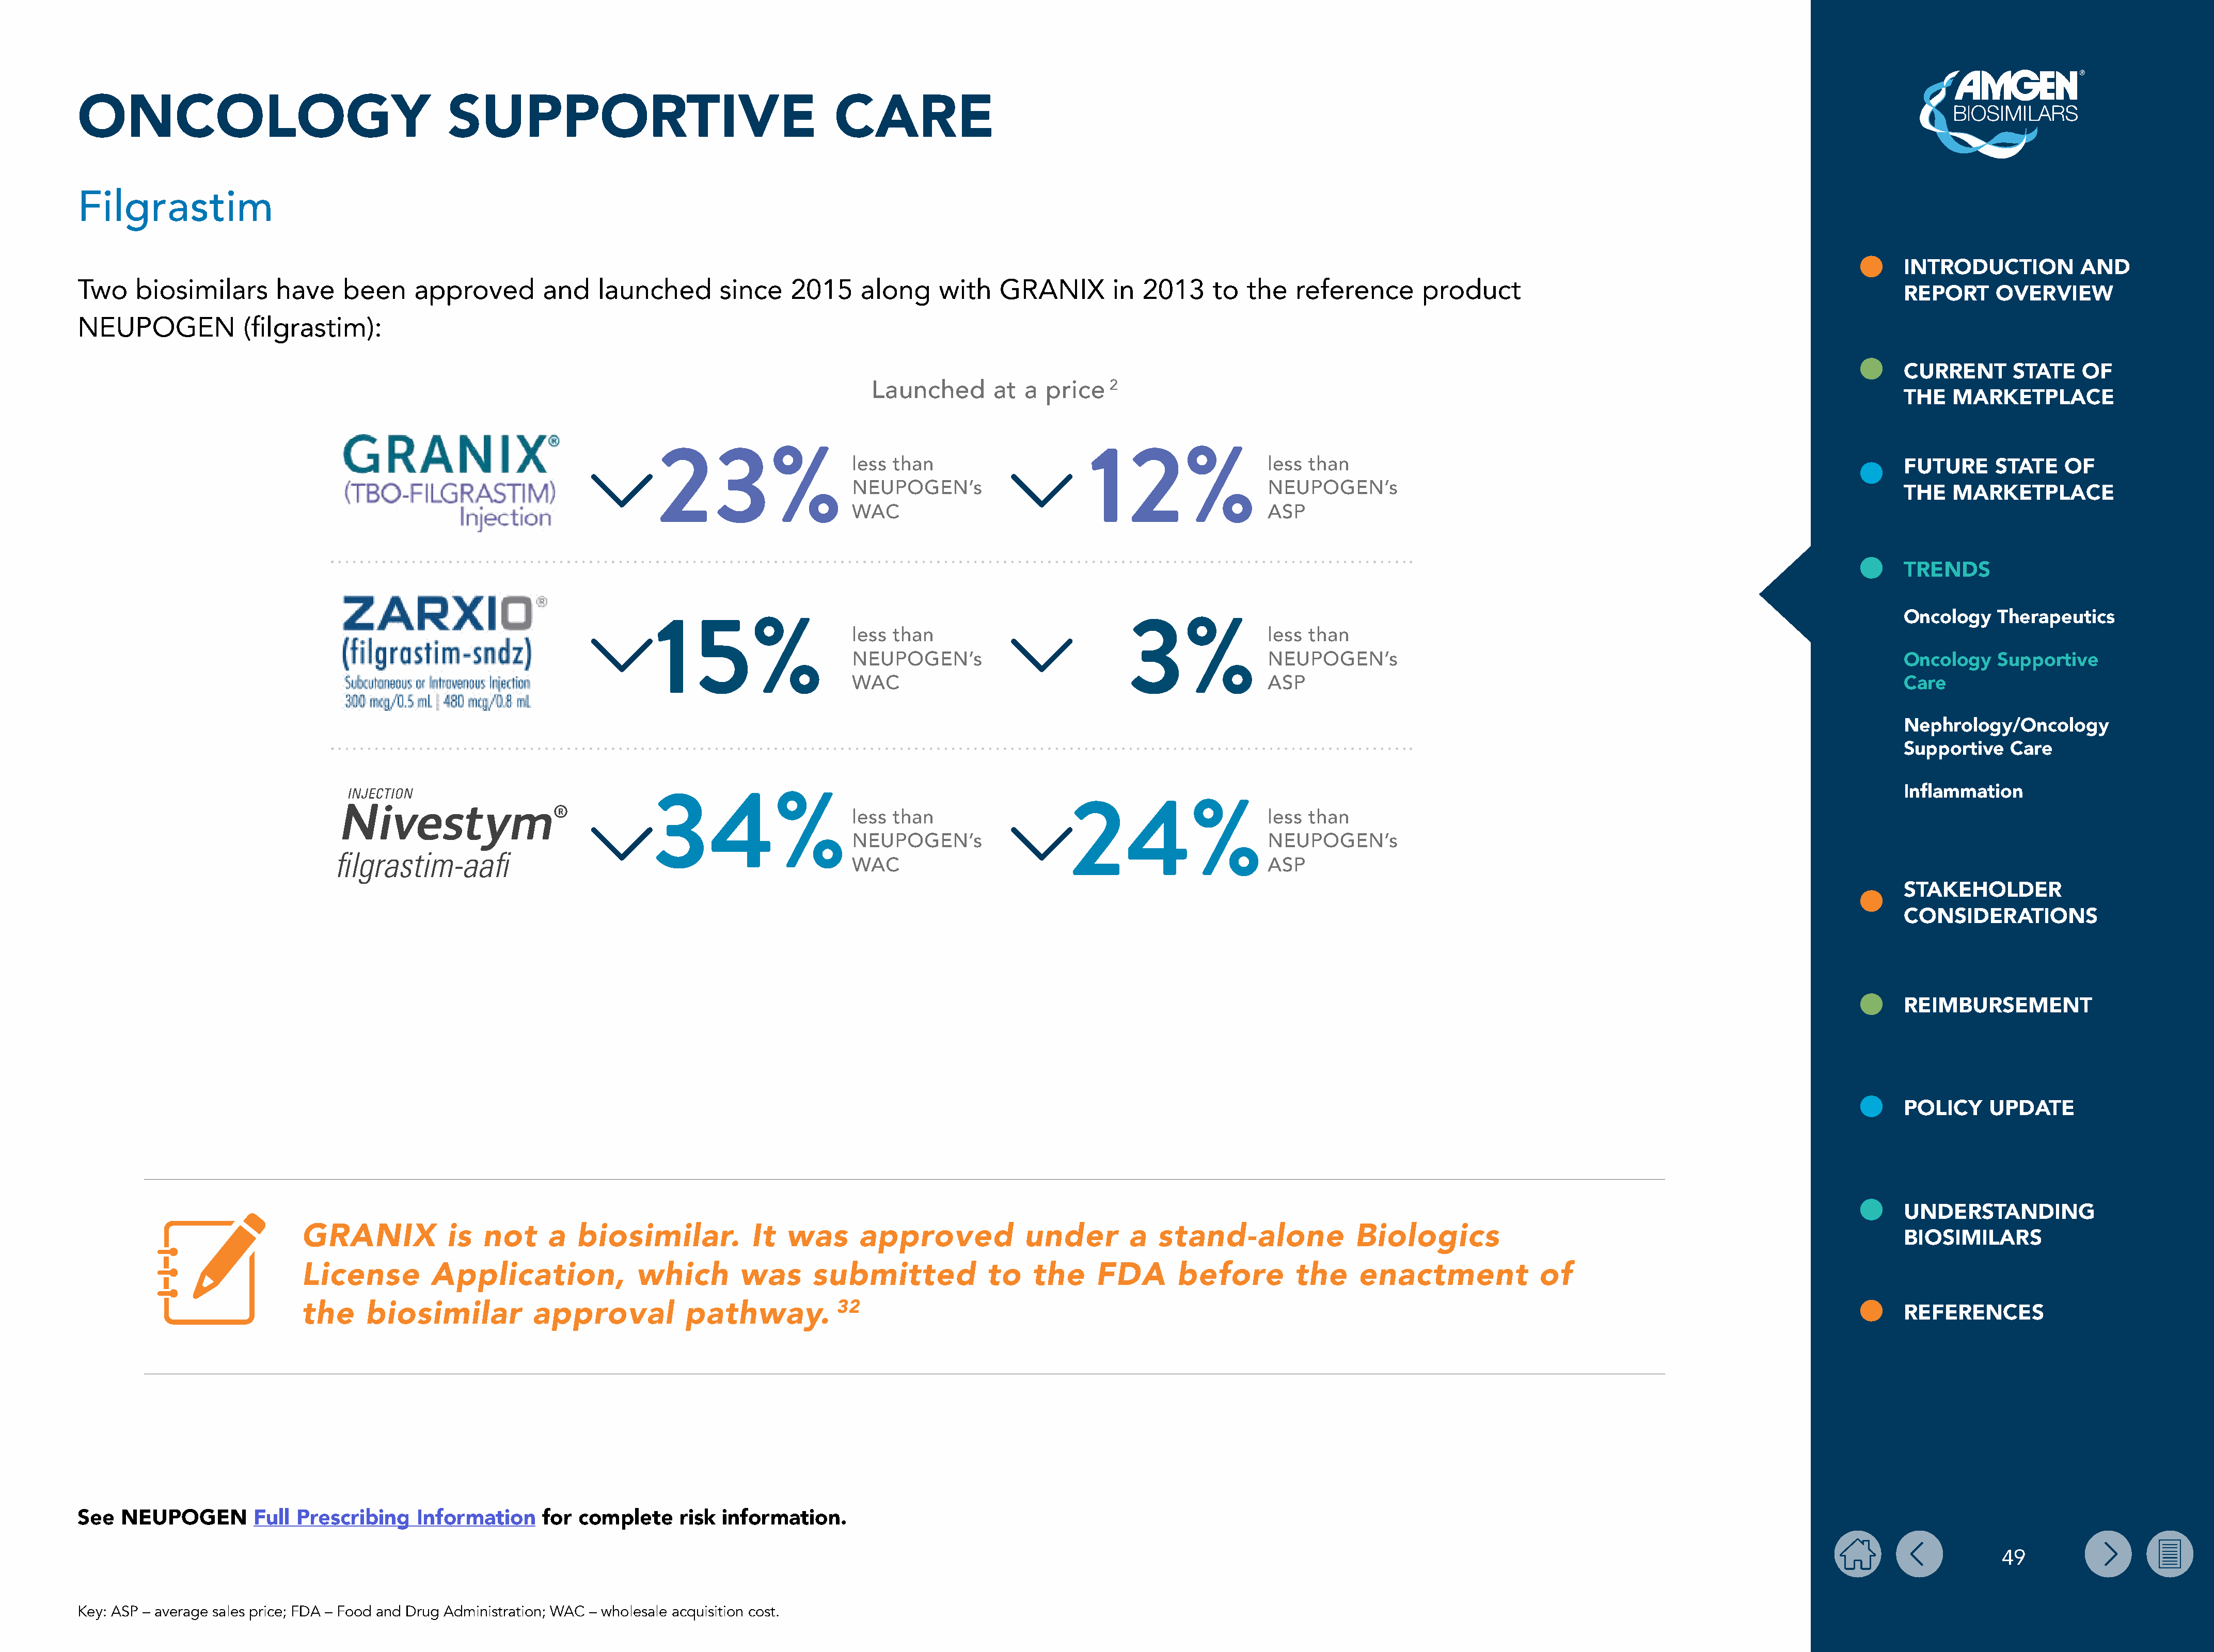
ONCOLOGY                                       SUPPORTIVE                                        CARE
 Filgrastim
 INTRODUCTION           AND
 Two    biosimilars       have     been     approved         and    launched       since    2015     along     with    GRANIX         in 2013     to   the   reference       product
 REPORT      OVERVIEW
 NEUPOGEN             (filgrastim):
 CURRENT       STATE    OF
 Launched       at  a  price   2
 THE   MARKETPLACE
 23%                      less than                      12%                   less  than                                                                        FUTURE      STATE    OF
 NEUPOGEN’s                                           NEUPOGEN’s
 THE   MARKETPLACE
 WAC                                                  ASP
 TRENDS
 Oncology    Therapeutics
 15%                      less than                           3%               less  than
 NEUPOGEN’s                                           NEUPOGEN’s                                                                        Oncology    Supportive
 WAC                                                  ASP                                                                               Care
 Nephrology/Oncology
 Supportive    Care
 Inflammation
 34%
 less than                   24%                      less  than
 NEUPOGEN’s                                           NEUPOGEN’s
 WAC                                                  ASP
 STAKEHOLDER
 CONSIDERATIONS
 REIMBURSEMENT
 POLICY     UPDATE
 UNDERSTANDING
 GRANIX            is   not     a   biosimilar.           It   was      approved             under         a  stand-alone               Biologics
 BIOSIMILARS
 License         Application,               which        was      submitted              to   the     FDA        before         the     enactment              of
 32
 the     biosimilar           approval            pathway.                                                                                                                                                    REFERENCES
 See  NEUPOGEN          Full Prescribing    Information     for  complete     risk  information.
 49
 Key: ASP – average sales price; FDA – Food and Drug Administration; WAC – wholesale acquisition cost.